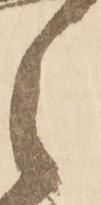
之